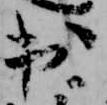
出